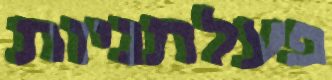
פעלתניות